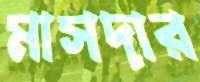
মাসদার